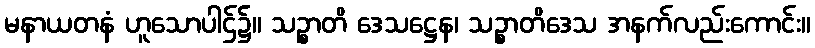
မနာယတနံ ဟူသောပါဌ်၌။ သဉ္စာတိ ဒေသဋ္ဌေန၊ သဉ္စာတိဒေသ အနက်လည်းကောင်း။